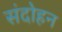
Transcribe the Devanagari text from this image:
संदोहन